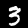
Label: 3